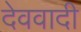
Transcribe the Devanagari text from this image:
देववादी